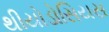
થીયોડોસિયસ